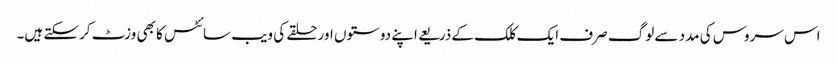
اس سروس کی مدد سے لوگ صرف ایک کلک کے ذریعے اپنے دوستوں اور حلقے کی ویب سائٹس کا بھی وزٹ کرسکتے ہیں۔